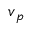
\boldsymbol { v } _ { p }